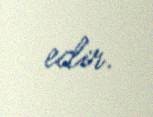
edir.